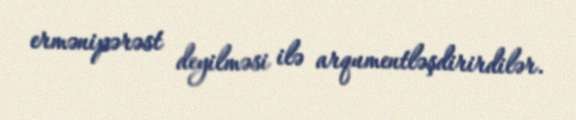
ermənipərəst deyilməsi ilə arqumentləşdirirdilər.